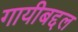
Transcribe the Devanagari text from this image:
गायीबद्दल